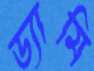
ড্যামি